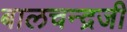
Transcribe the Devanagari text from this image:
बालचन्द्रजी